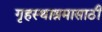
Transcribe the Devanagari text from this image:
गृहस्थाश्रमासाठी